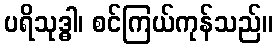
ပရိသုဒ္ဓါ၊ စင်ကြယ်ကုန်သည်။